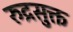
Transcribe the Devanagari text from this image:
रुद्रसुक्त